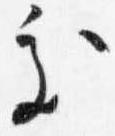
処